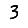
Digit: 3